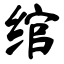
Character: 绾